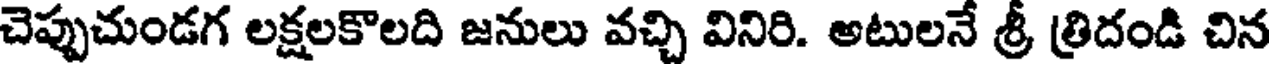
చెప్పుచుండగ లక్షలకొలది జనులు వచ్చి వినిరి. అటులనే శ్రీ త్రిదండి చిన